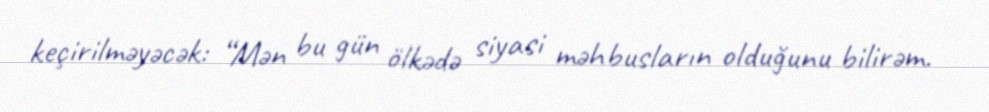
keçirilməyəcək: “Mən bu gün ölkədə siyasi məhbusların olduğunu bilirəm.